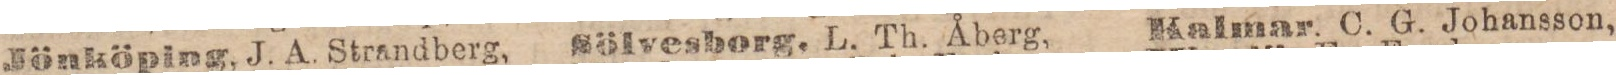
Jönköping, J. A. Strandberg,    Sölvesborg, L. Th. Åberg,    Kalmar, C. G. Johansson,